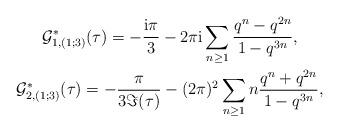
LaTeX: \begin{gather*}\mathcal G_{1,(1;3)}^\ast(\tau)=- \frac {{\rm i}\pi}{3}-2\pi {\rm i}\sum_{n\ge 1}\frac{q^{n}-q^{2n}}{1-q^{3n}},\\\mathcal G_{2,(1;3)}^\ast(\tau)=- \frac {\pi}{3\Im(\tau)}-(2\pi)^2\sum_{n\ge 1}n\frac{q^{n}+q^{2n}}{1-q^{3n}},\end{gather*}